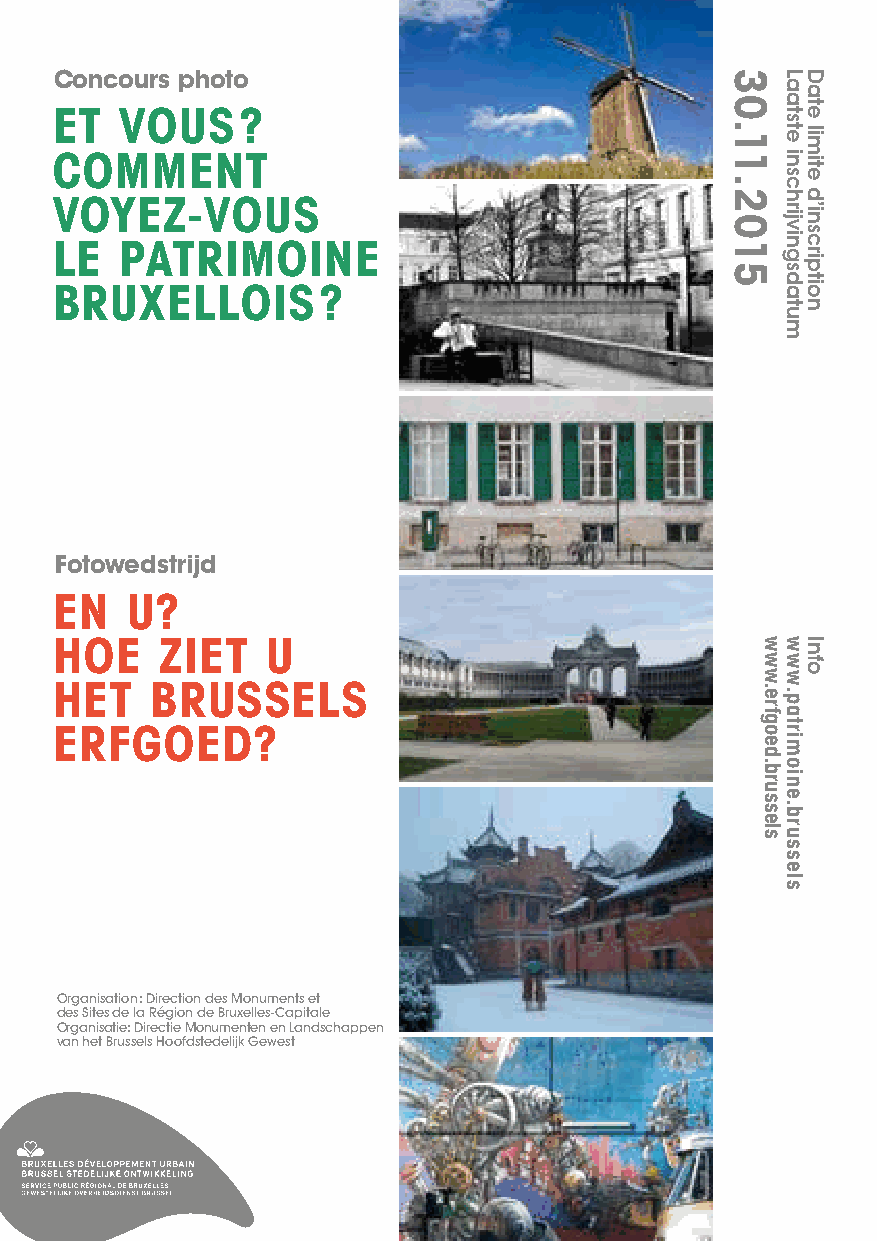
HERITAGE DAYS ⁄ 43
 Concours photo
 ET  VOUS    ?
 COMMENT
 VOYEZ-VOUS
 LE  PATRIMOINE
 BRUXELLOIS       ?
 Fotowedstrijd
 EN  U?
 HOE    ZIET   U
 HET   BRUSSELS
 ERFGOED?
 Organisation : Direction des Monuments et
 des Sites de la Région de Bruxelles-Capitale
 Organisatie: Directie Monumenten en Landschappen
 van het Brussels Hoofdstedelijk Gewest
 30.11.2015
 www.erfgoed.brussels
 Laatste
 inschrijvingsdatum
 www.patrimoine.brussels
 Date
 limite
 d’inscription
 Info